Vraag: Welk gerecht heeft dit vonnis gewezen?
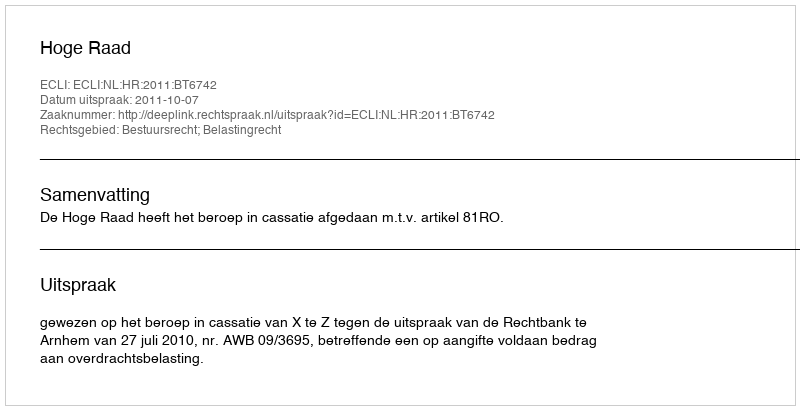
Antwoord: Hoge Raad